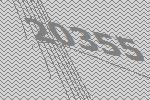
20355